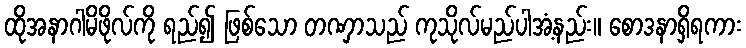
ထိုအနာဂါမိဖိုလ်ကို ရည်၍ ဖြစ်သော တဏှာသည် ကုသိုလ်မည်ပါအံ့နည်း။ စောဒနာရှိရကား